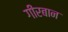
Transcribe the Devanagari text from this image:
गीरबान